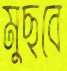
মুছবে